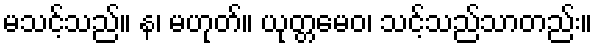
မသင့်သည်။ န၊ မဟုတ်။ ယုတ္တမေဝ၊ သင့်သည်သာတည်း။